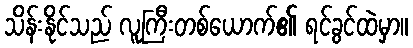
သိန်းနိုင်သည် လူကြီးတစ်ယောက်၏ ရင်ခွင်ထဲမှာ။